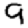
Digit: 9